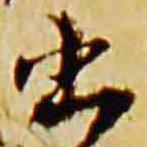
書